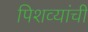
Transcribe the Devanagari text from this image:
पिशव्यांची